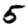
Digit: 5